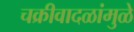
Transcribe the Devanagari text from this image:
चक्रीवादळांमुळे